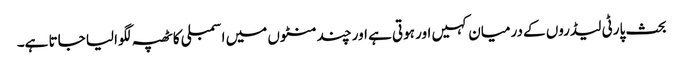
بحث پارٹی لیڈروں کے درمیان کہیں اور ہوتی ہے اور چند منٹوں میں اسمبلی کا ٹھپہ لگوالیا جاتا ہے۔